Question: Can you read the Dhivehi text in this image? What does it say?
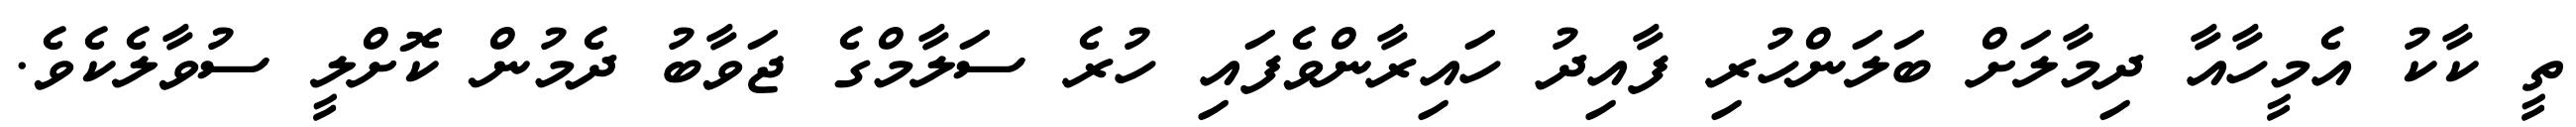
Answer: ތީ ކާކު އެމީހާއާ ދިމާލަށް ބަލަންހުރި ފާއިދު ހައިރާންވެފައި ހުރެ ސަލާމްގެ ޖަވާބު ދެމުން ކޮށްލީ ސުވާލެކެވެ.